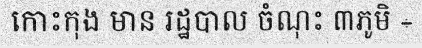
កោះកុង មាន រដ្ឋបាល ចំណុះ ៣ភូមិ ÷